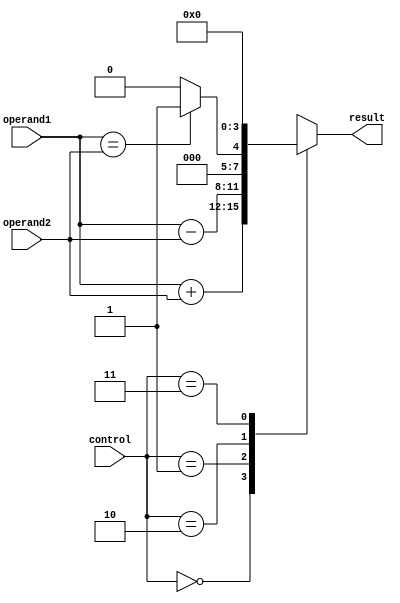
module alu(input [3:0] operand1, operand2,
           input [1:0] control,
           output reg [3:0] result);

reg [3:0] add_result, sub_result, comp_result;
reg [3:0] and_result, or_result, xor_result;

assign add_result = operand1 + operand2;
assign sub_result = operand1 - operand2;
assign comp_result = (operand1 == operand2) ? 4'b0001 : 4'b0000;

assign and_result = operand1 & operand2;
assign or_result = operand1 | operand2;
assign xor_result = operand1 ^ operand2;

always @(*) begin
    case(control)
        2'b00: result = add_result;
        2'b01: result = sub_result;
        2'b10: result = comp_result;
        2'b11: begin
            case(control)
                3'b000: result = and_result;
                3'b001: result = or_result;
                3'b010: result = xor_result;
                default: result = 4'b0000;
            endcase
        end
        default: result = 4'b0000;
    endcase
end

endmodule